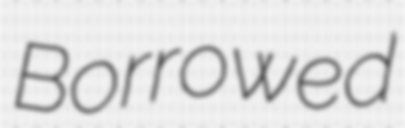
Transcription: Borrowed